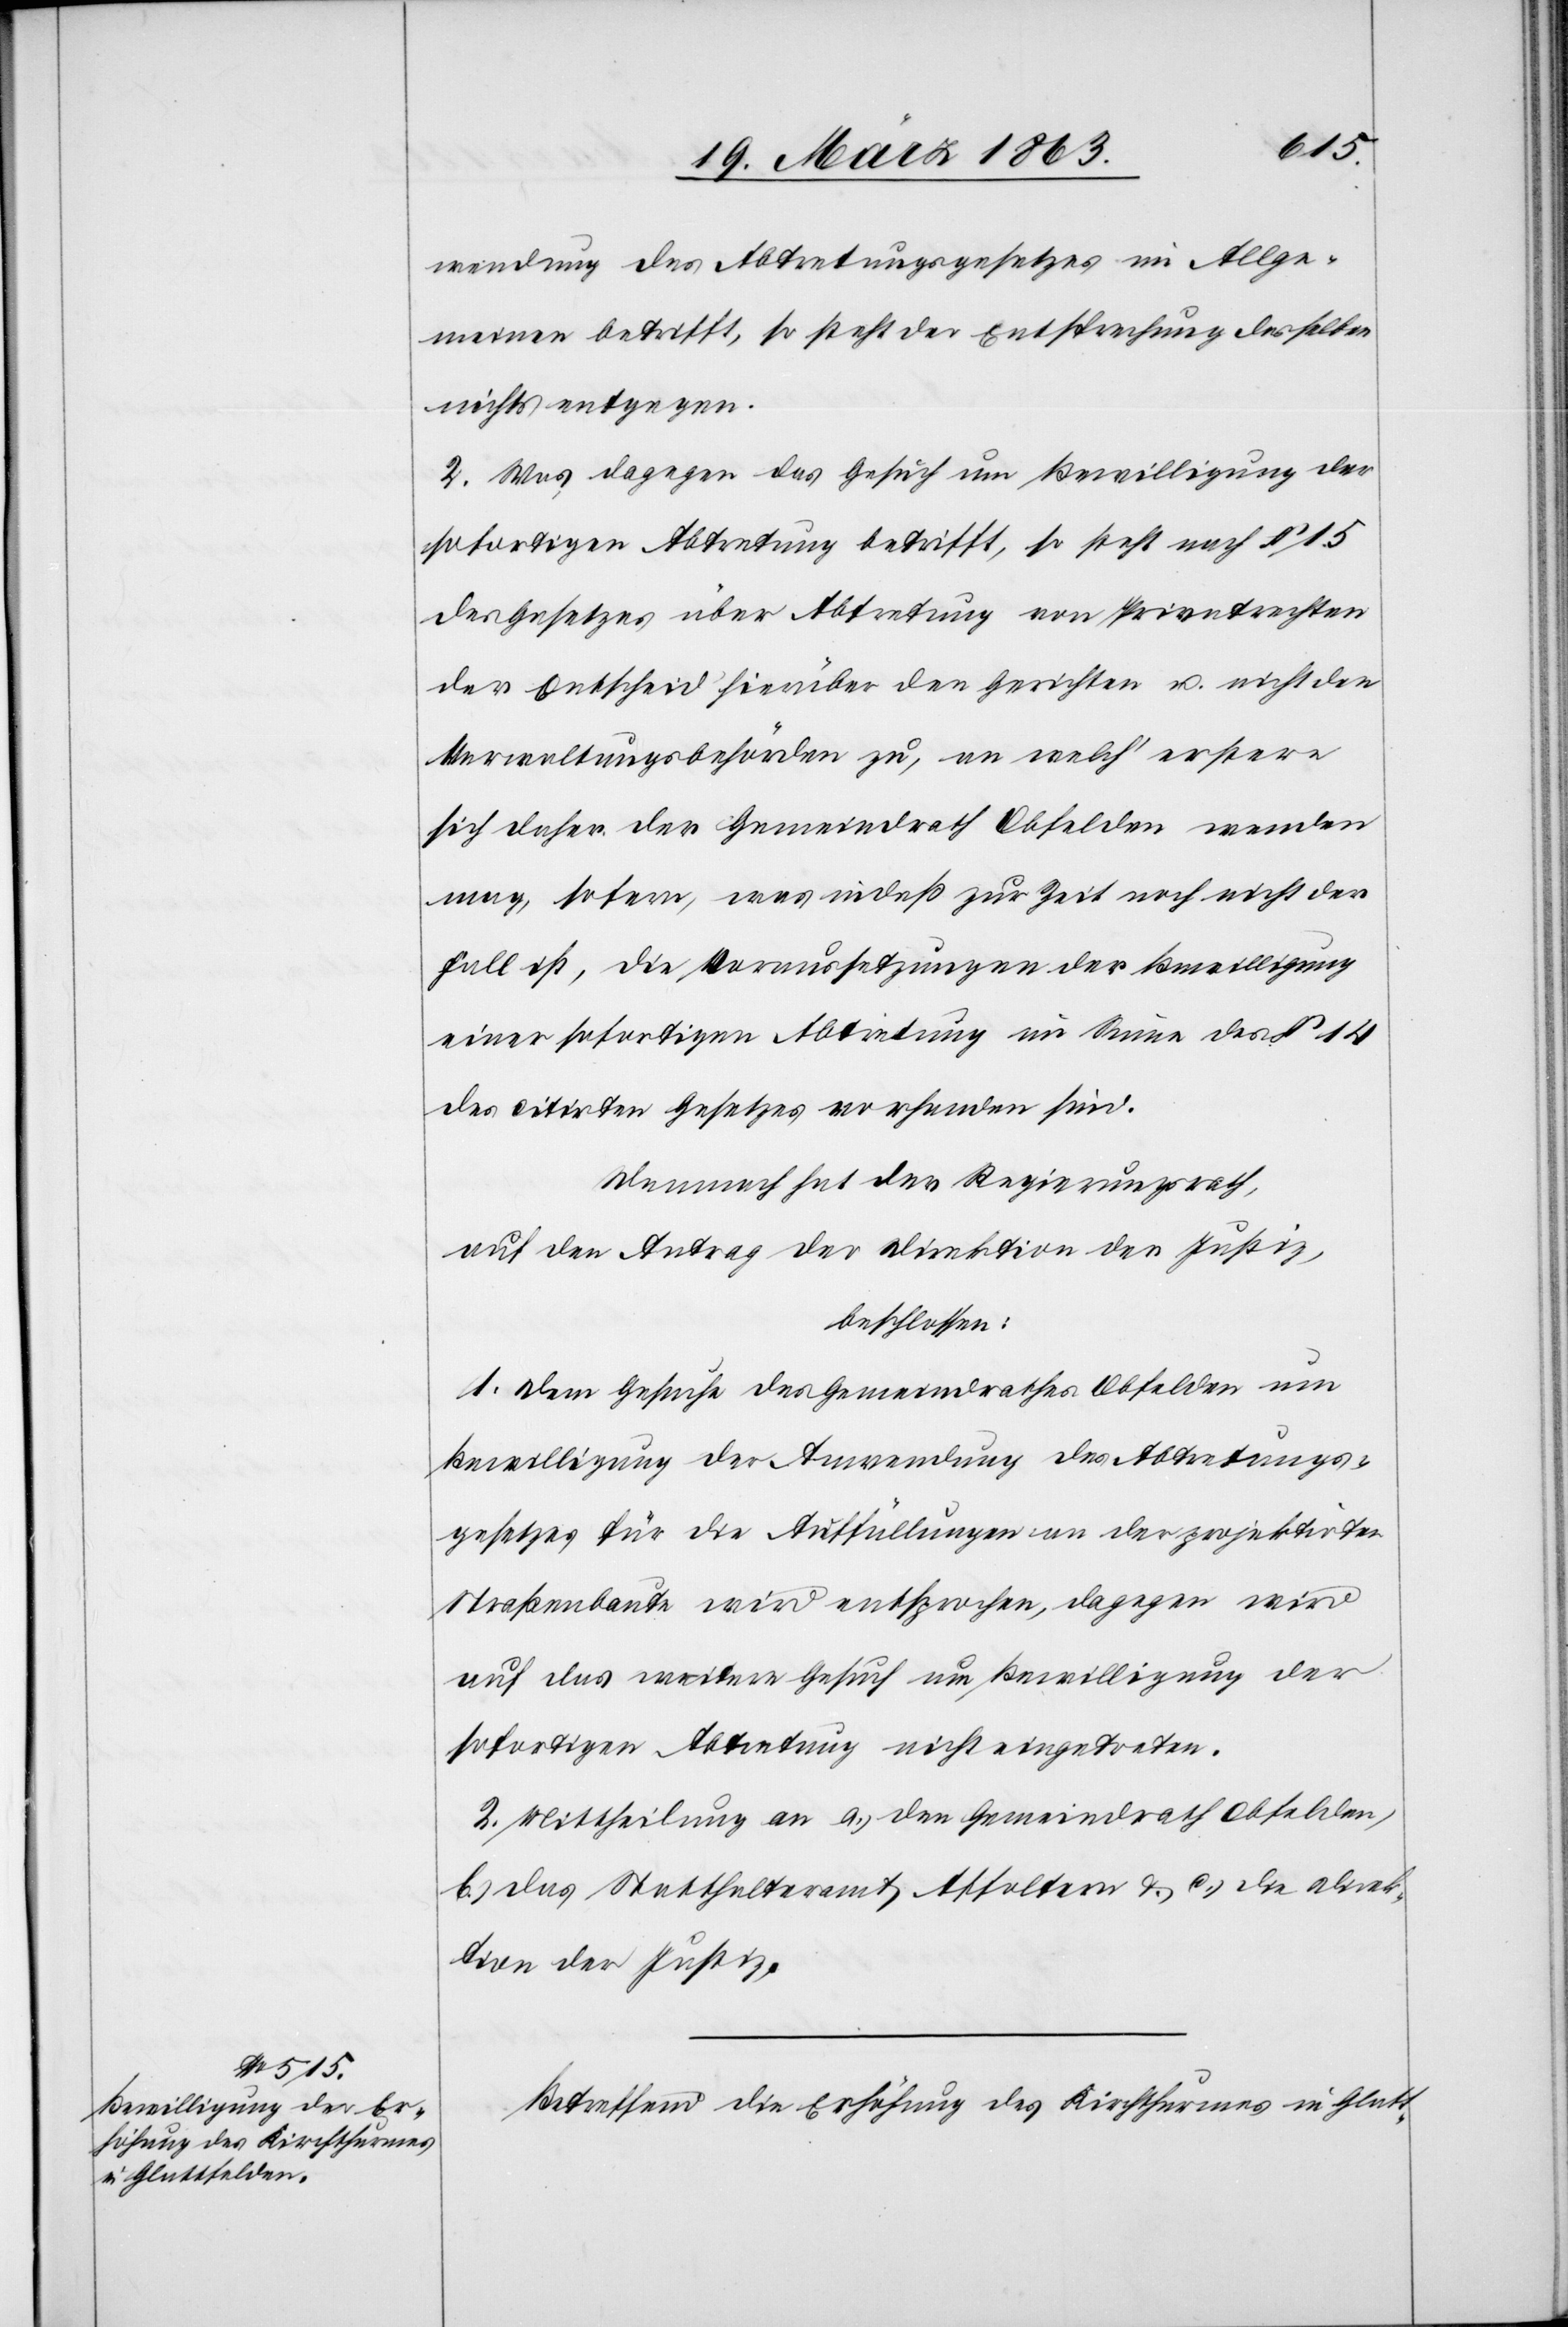
wendung des Abtretungsgesetzes im Allge¬
meinen betrifft, so steht der Entsprechung desselben
nichts entgegen.
2. Was dagegen das Gesuch um Bewilligung der
sofortigen Abtretung betrifft, so steht nach § 15
des Gesetzes über Abtretung von Privatrechten
der Entscheid hierüber den Gerichten u. nicht den
Verwaltungsbehörden zu, an welch' erstere
sich daher der Gemeindrath Obfelden wenden
mag, sofern, was indeß zur Zeit noch nicht der
Fall ist, die Voraussetzungen der Bewilligung
einer sofortigen Abtretung im Sinne des § 14
des citirten Gesetzes vorhanden sind.
Demnach hat der Regierungsrath,
auf den Antrag der Direktion der Justiz,
beschlossen:
1. Dem Gesuche des Gemeindrathes Obfelden um
Bewilligung der Anwendung des Abtretungs¬
gesetzes für die Auffüllungen an der projektirten
Straßenbaute wird entsprochen, dagegen wird
auf das weitere Gesuch um Bewilligung der
sofortigen Abtretung nicht eingetreten.
2. Mittheilung an a.) den Gemeindrath Obfelden,
b.) das Statthalteramt Affoltern & c.) die Direk¬
tion der Justiz.
Betreffend die Erhöhung des Kirchthurmes in Glatt-